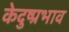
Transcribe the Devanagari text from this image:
केदुष्प्रभाव